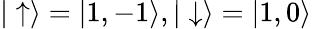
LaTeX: |\uparrow\rangle=|1,-1\rangle,|\downarrow\rangle=|1,0\rangle